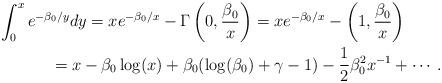
LaTeX: \begin{gather*}\int_0^x e^{-\beta_0/y}dy=xe^{-\beta_0/x}-\Gamma\left(0,\frac{\beta_0}{x}\right)=xe^{-\beta_0/x}-\left(1,\frac{\beta_0}{x}\right)\\\hphantom{\int_0^x e^{-\beta_0/y}dy}{}=x-\beta_0 \log (x)+\beta_0(\log (\beta_0)+\gamma-1)-\frac12\beta_0^2 x^{-1}+\cdots.\end{gather*}